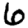
Digit: 6